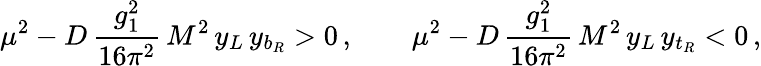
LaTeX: \mu^{2}-D\, {\frac{g_{1}^{2}}{16\pi^{2}}}\, M^{2}\, y_{L}\, y_{b_{R}}>0\, ,\quad\quad\mu^{2}-D\, {\frac{g_{1}^{2}}{16\pi^{2}}}\, M^{2}\, y_{L}\, y_{t_{R}}<0\, ,